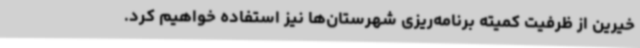
خیرین از ظرفیت کمیته برنامه‌ریزی شهرستان‌ها نیز استفاده خواهیم کرد.